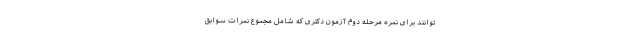
توانند برای نمره مرحله دوم آزمون دکتری که شامل مجموع نمرات سوابق